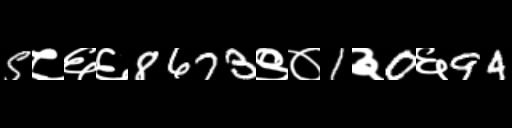
Text: 5८६६8673९०1३0६94